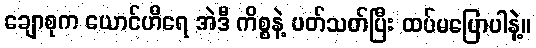
ချောစုက ယောင်ဟီရေ အဲဒီ ကိစ္စနဲ့ ပတ်သတ်ပြီး ထပ်မပြောပါနဲ့။